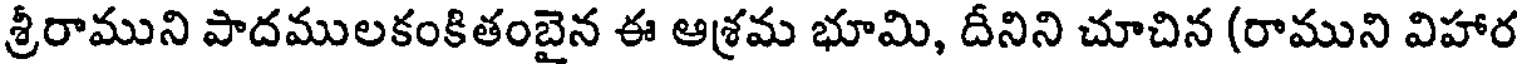
శ్రీరాముని పాదములకంకితంబైన ఈ ఆశ్రమ భూమి, దీనిని చూచిన (రాముని విహార